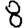
Digit: 8